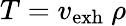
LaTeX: T=v_{\mathrm{exh}}\ \rho